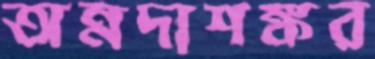
অন্নদাশঙ্কর